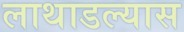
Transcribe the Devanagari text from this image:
लाथाडल्यास